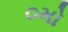
૦મો